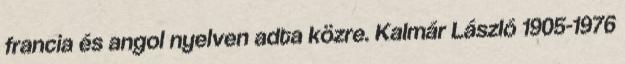
francia és angol nyelven adta közre. Kalmár László 1905-1976